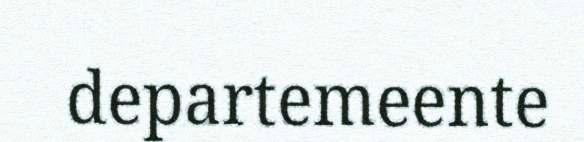
departemeente